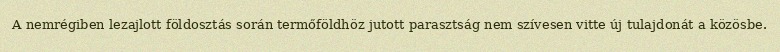
A nemrégiben lezajlott földosztás során termőföldhöz jutott parasztság nem szívesen vitte új tulajdonát a közösbe.